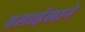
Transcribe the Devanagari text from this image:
ढलाईखाने